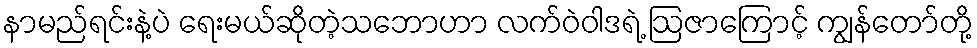
နာမည်ရင်းနဲ့ပဲ ရေးမယ်ဆိုတဲ့သဘောဟာ လက်ဝဲဝါဒရဲ့ ဩဇာကြောင့် ကျွန်တော်တို့